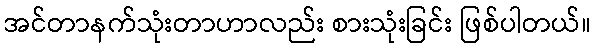
အင်တာနက်သုံးတာဟာလည်း စားသုံးခြင်း ဖြစ်ပါတယ်။